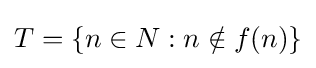
T=\{n\in N:n\notin f(n)\}